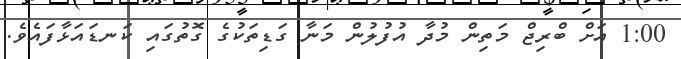
1:00 އަށް ބްރިޖް މަތިން މުދާ އުފުލުން މަނާ ގަޑިތަކުގެ ގޮތުގައި ކަނޑައަޅާފައެވެ.